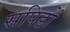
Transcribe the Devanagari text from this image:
सपिडों